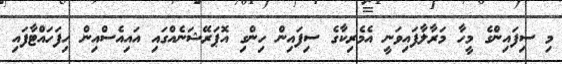
މި ސިފައިންގެ މީހާ މަރާލާފައިވަނީ އެމެރިކާގެ ސިފައިން ހިންގި އޮޕަރޭޝަނެއްގައި އައިއެސްއިން ހިފަހައްޓާފައި